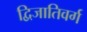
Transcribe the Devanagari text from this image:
द्विजातिवर्ग